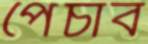
পেঁচাব